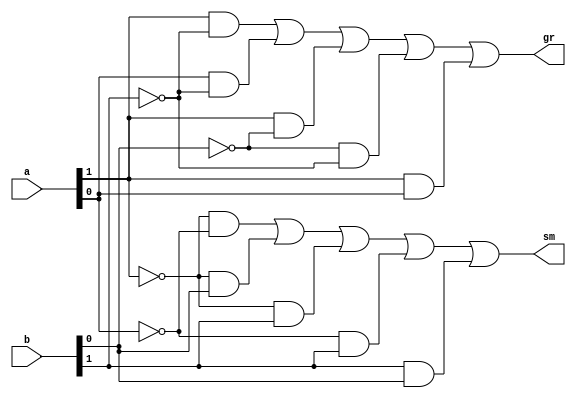
`timescale 1ns / 1ps
//////////////////////////////////////////////////////////////////////////////////
// Company: 
// Engineer: 
// 
// Design Name: 
// Module Name:    comp2biti 
// Project Name: 
// Target Devices: 
// Tool versions: 
// Description: 
//
// Dependencies: 
//
// Revision: 
// Revision 0.01 - File Created
// Additional Comments: 
//
//////////////////////////////////////////////////////////////////////////////////
module comp2biti(
    input [1:0] a,
    input [1:0] b,
    output sm,
    output gr
    );

/// assign sm = (~a[0] & ~a[1]) | (~a[0]& b[1]) | (b[1] & b[0]) | (b[1] & ~a[1]) | (~a[1] & b[0]) ;
/// assign gr = (a[1] & a[0]) | (a[1] & ~b[1]) | (a[1] & ~b[0]) | (a[0] & ~b[1]) | (~b[1] & ~b[0]) ;

assign gr = (a[1] & ~b[1]) | (a[0] & ~b[1]) | (a[1] & ~b[0]) | (~b[0] & ~b[1]) | (a[1] & a[0]);
assign sm = (~a[1] & ~a[0]) | (~a[1] & b[0]) | (~a[1] & b[1]) | (~a[0] & b[1]) | (b[1] & b[0]);

endmodule